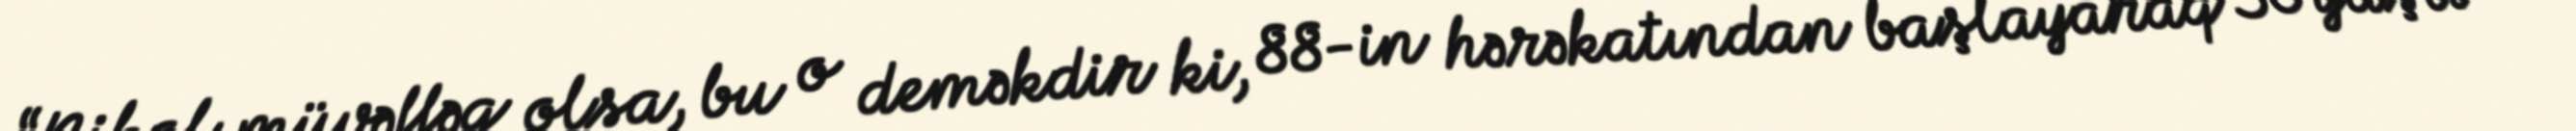
“Nikol müvəffəq olsa, bu o deməkdir ki, 88-in hərəkatından başlayaraq 30 yaşlı